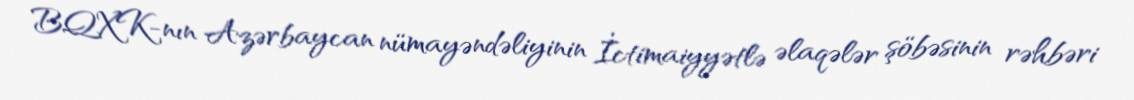
BQXK-nın Azərbaycan nümayəndəliyinin İctimaiyyətlə əlaqələr şöbəsinin rəhbəri